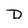
Character: D